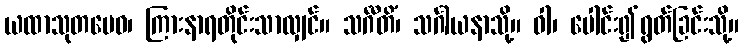
ယထာသုတမေဝ၊ ကြားနာရတိုင်းသာလျှင်။ သင်္ဂီတိံ၊ သင်္ဂါယနာသို့။ ဝါ၊ ပေါင်း၍ရွတ်ခြင်းသို့။